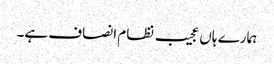
ہمارے ہاں عجیب نظام انصاف ہے۔